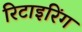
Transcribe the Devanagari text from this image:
रिटाइरिंग